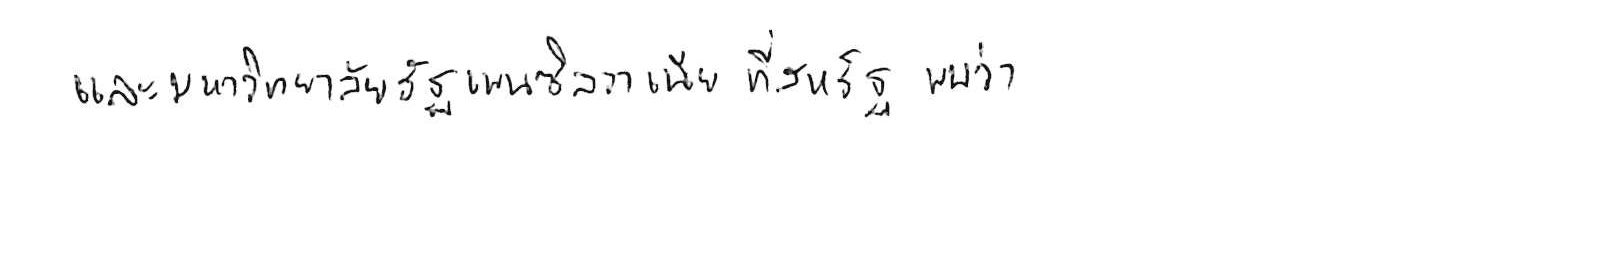
และมหาวิทยาลัยรัฐเพนซิลวาเนีย ที่สหรัฐ พบว่า